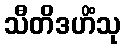
သီတိဒဟိံသု